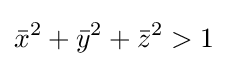
{\bar {x}}^{2}+{\bar {y}}^{2}+{\bar {z}}^{2}>1